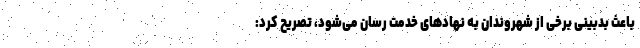
باعث بدبینی برخی از شهروندان به نهادهای خدمت رسان می‌شود، تصریح کرد: